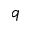
q